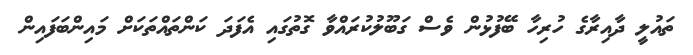
ތައުލީ ދާއިރާގެ ހުރިހާ ބޭފުޅުން ވެސް ގަބޫލުކުރައްވާ ގޮތުގައި އެފަދަ ކަންތައްތަކަށް މައިންބަފައިން